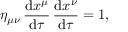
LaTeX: \eta _ { \mu \nu } \, \frac { \mathrm { d } x ^ { \mu } } { \mathrm { d } \tau } \, \frac { \mathrm { d } x ^ { \nu } } { \mathrm { d } \tau } = 1 ,